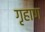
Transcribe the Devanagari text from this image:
गृहाण